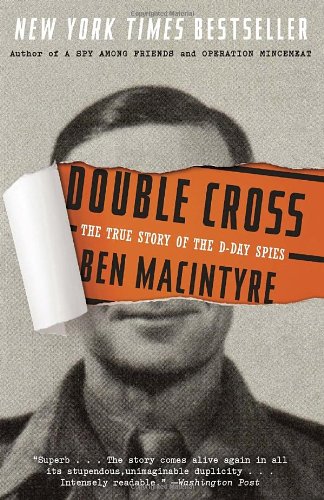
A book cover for Double Cross: The True Story of the D-Day Spies; Ben Macintyre; History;